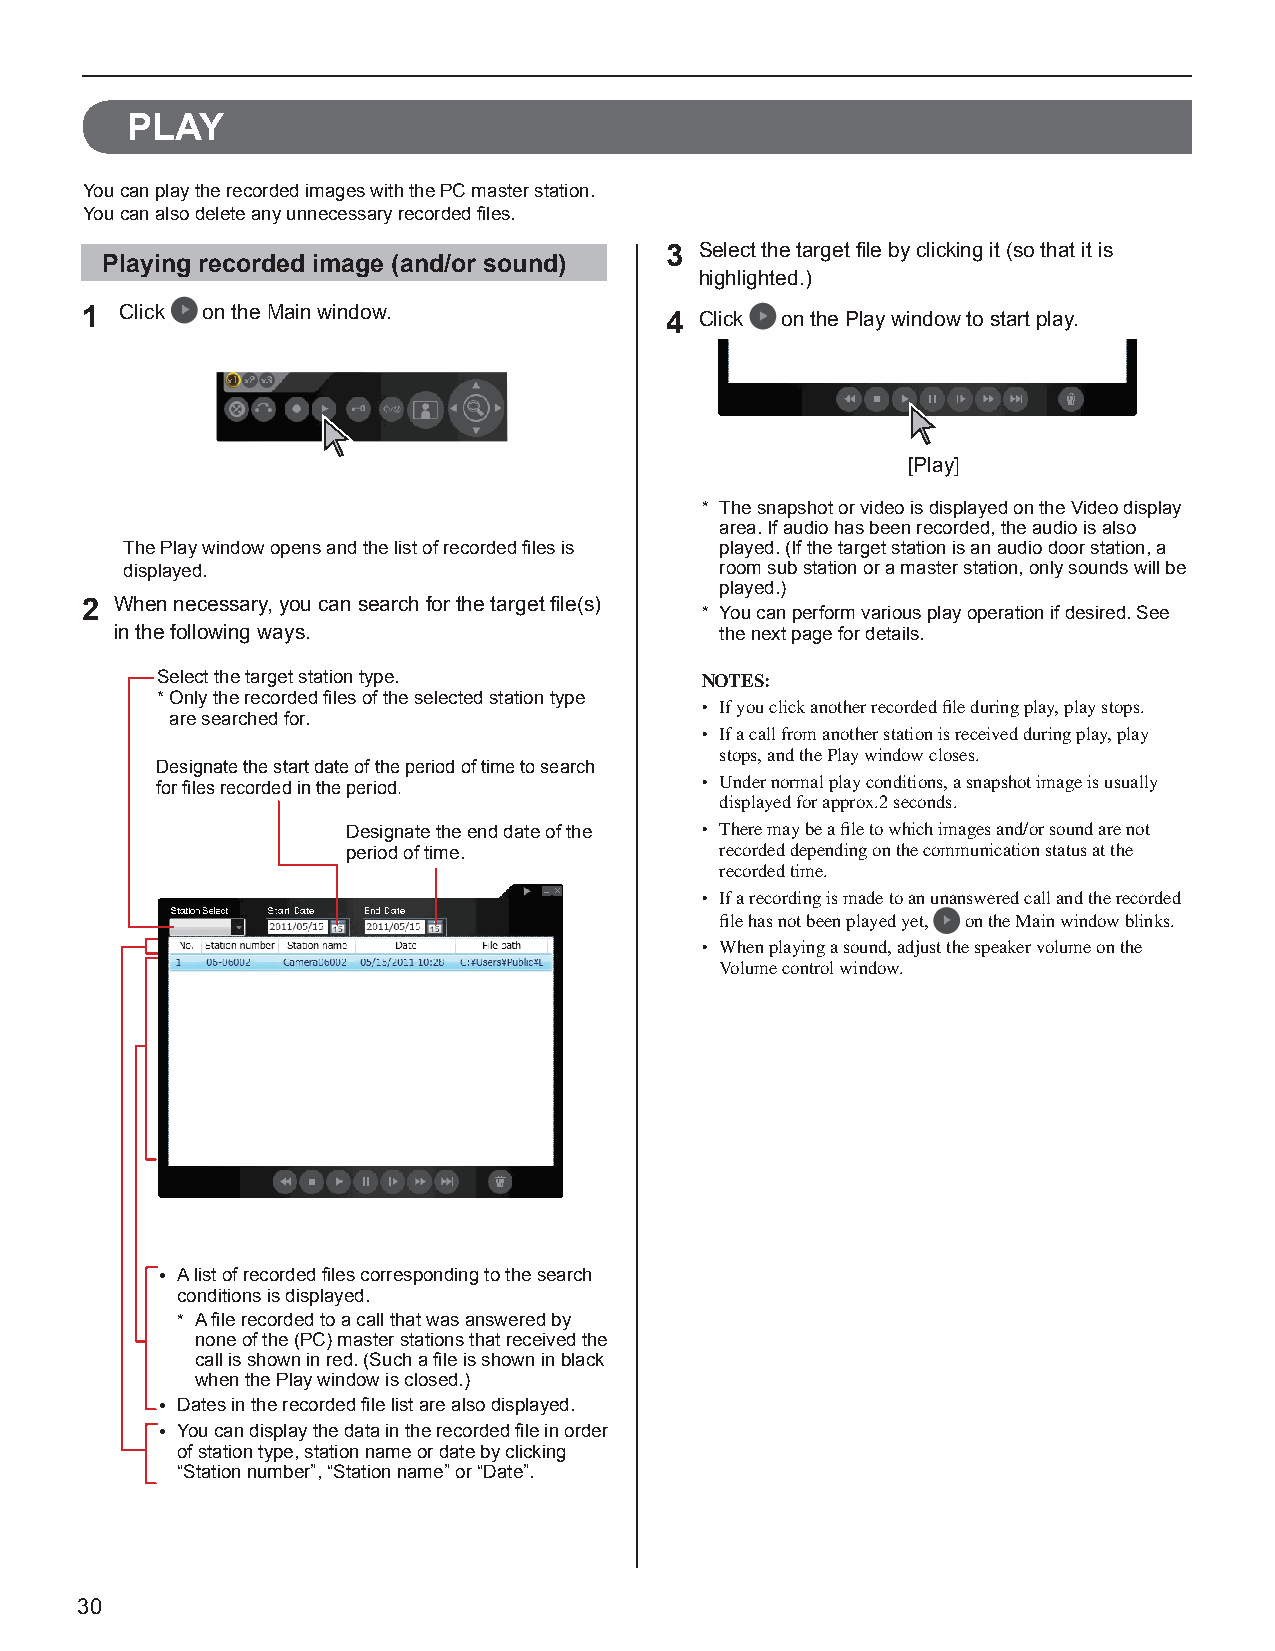
PLAY
 You can play the recorded images with the PC master station.
 You can also delete any unnecessary recorded fi les.
 3 Select the target fi le by clicking it (so that it is
 Playing recorded image (and/or sound)
 highlighted.)
 1  Click on the Main window.           4 Click on the Play window to start play.
 [Play]
 * The snapshot or video is displayed on the Video display
 area. If audio has been recorded, the audio is also
 The Play window opens and the list of recorded fi les is played. (If the target station is an audio door station, a
 displayed.                              room sub station or a master station, only sounds will be
 played.)
 2  When necessary, you can search for the target fi le(s)
 * You can perform various play operation if desired. See
 in the following ways.                  the next page for details.
 Select the target station type.     NOTES:
 * Only the recorded fi les of the selected station type
 • If you click another recorded fi le during play, play stops.
 are searched for.
 • If a call from another station is received during play, play
 stops, and the Play window closes.
 Designate the start date of the period of time to search
 for fi les recorded in the period.  • Under normal play conditions, a snapshot image is usually
 displayed for approx.2 seconds.
 Designate the end date of the • There may be a fi le to which images and/or sound are not
 period of time.          recorded depending on the communication status at the
 recorded time.
 • If a recording is made to an unanswered call and the recorded
 fi le has not been played yet, on the Main window blinks.
 • When playing a sound, adjust the speaker volume on the
 Volume control window.
 • A list of recorded fi les corresponding to the search
 conditions is displayed.
 * A fi le recorded to a call that was answered by
 none of the (PC) master stations that received the
 call is shown in red. (Such a fi le is shown in black
 when the Play window is closed.)
 • Dates in the recorded fi le list are also displayed.
 • You can display the data in the recorded fi le in order
 of station type, station name or date by clicking
 “Station number”, “Station name” or “Date”.
 30